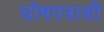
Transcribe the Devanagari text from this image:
घोषपत्राशी